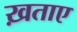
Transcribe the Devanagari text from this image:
ख़ताए